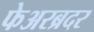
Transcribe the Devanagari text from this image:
फेअरब्रदर